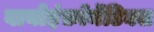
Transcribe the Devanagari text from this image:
बायोइंफ़ॉर्मेटिक्स